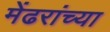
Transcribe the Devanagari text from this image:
मेंढरांच्या